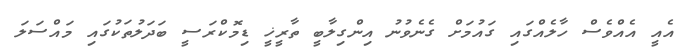
އެއީ އެއްވެސް ހާލެއްގައި ގައުމަށް ގެނެވުނު އިންގިލާބީ ތާރީޚީ ޑިމޮކްރަސީ ބަދަލުތަކުގައި މައްސަލަ